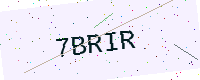
Text: 7BRIR